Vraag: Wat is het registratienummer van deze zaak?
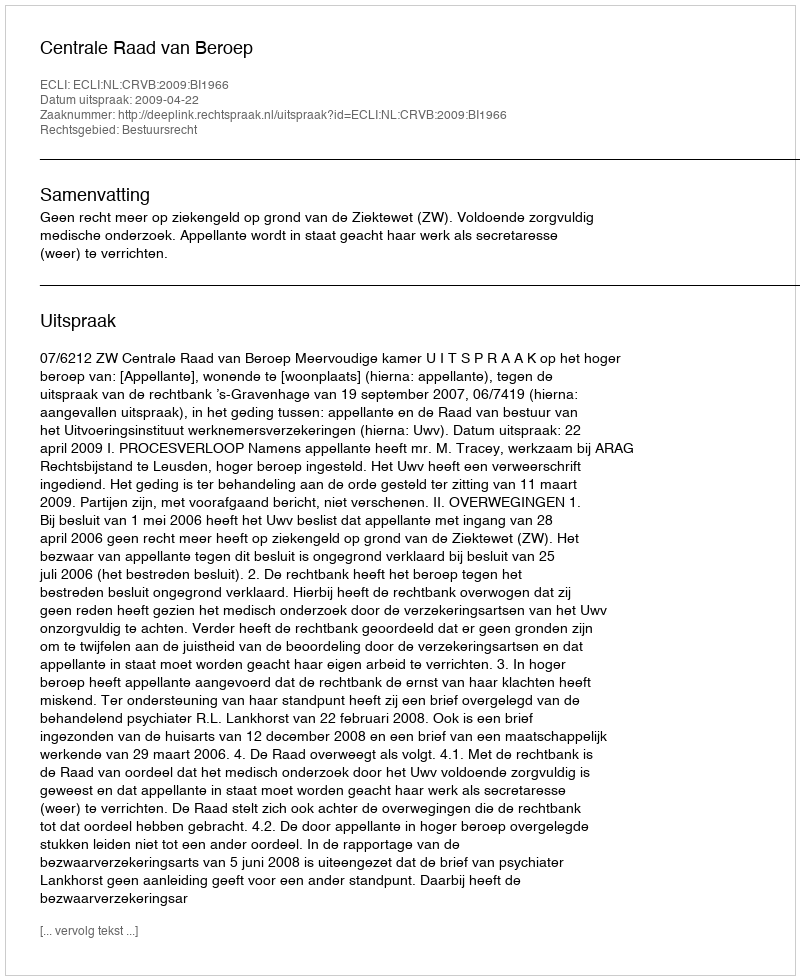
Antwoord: http://deeplink.rechtspraak.nl/uitspraak?id=ECLI:NL:CRVB:2009:BI1966